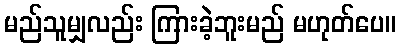
မည်သူမျှလည်း ကြားခဲ့ဘူးမည် မဟုတ်ပေ။